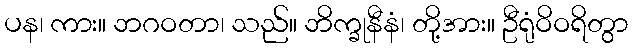
ပန၊ ကား။ ဘဂဝတာ၊ သည်။ ဘိက္ခုနီနံ၊ တို့အား။ ဦရုံဝိဝရိတွာ